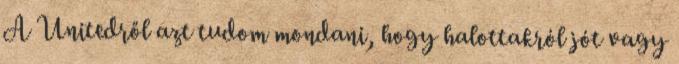
A Unitedről azt tudom mondani, hogy halottakról jót vagy